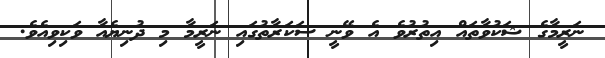
ނަރީމާގެ ޝަކުވާތައް އިތުރުވެ އެ ވޭނީ ސަކަރާތުގައި ނަރީމާ މި ދުނިޔެއާ ވަކިވިއެވެ.